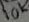
Text: 10K